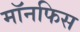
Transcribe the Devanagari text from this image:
मॉनफिस